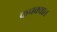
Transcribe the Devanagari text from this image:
कचक्यात